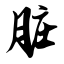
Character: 脏